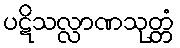
ပဋိသလ္လာဏသုတ္တံ